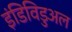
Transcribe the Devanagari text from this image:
इंडिविडुअल